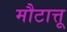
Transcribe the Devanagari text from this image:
मौटात्तू